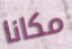
مكانا